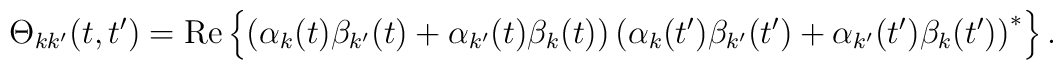
\Theta _{kk^{\prime }}(t,t^{\prime })={\rm Re}\left\{ \left( \alpha_k(t)\beta _{k^{\prime }}(t)+\alpha _{k^{\prime }}(t)\beta _k(t)\right)\left( \alpha _k(t^{\prime })\beta _{k^{\prime }}(t^{\prime })+\alpha_{k^{\prime }}(t^{\prime })\beta _k(t^{\prime })\right) ^{*}\right\} .